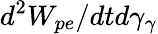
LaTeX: d^{2}W_{pe}/dtd\gamma_{\gamma}